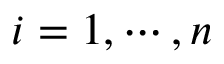
i = 1 , \cdots , n